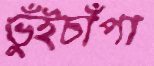
ভুঁইচাঁপা